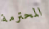
المحترمة